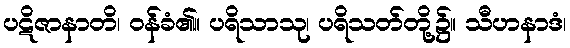
ပဋိဇာနာတိ၊ ဝန်ခံ၏။ ပရိသာသု၊ ပရိသတ်တို့၌။ သီဟနာဒံ၊